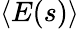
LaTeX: \langle E(s)\rangle